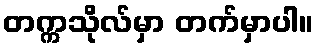
တက္ကသိုလ်မှာ တက်မှာပါ။